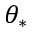
\theta _ { * }